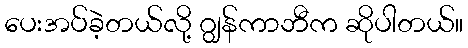
ပေးအပ်ခဲ့တယ်လို့ ဂျွန်ကာဘီက ဆိုပါတယ်။